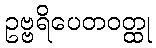
ဥဗ္ဗရိပေတဝတ္ထု